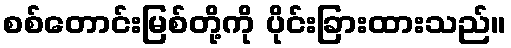
စစ်တောင်းမြစ်တို့ကို ပိုင်းခြားထားသည်။